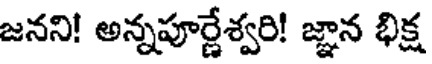
జనని! అన్నపూర్ణేశ్వరి! జ్ఞాన భిక్ష